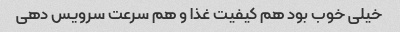
خیلی خوب بود هم کیفیت غذا و هم سرعت سرویس دهی